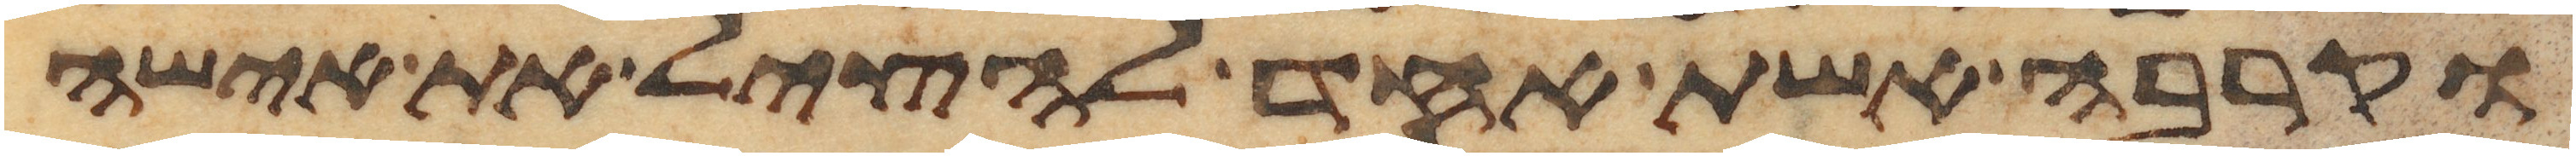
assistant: וקרבה אשת אחד להציל את אישה